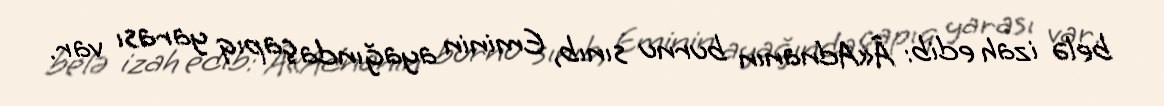
belə izah edib: Â«Adnanın burnu sınıb, Eminin ayağında çapıq yarası var.